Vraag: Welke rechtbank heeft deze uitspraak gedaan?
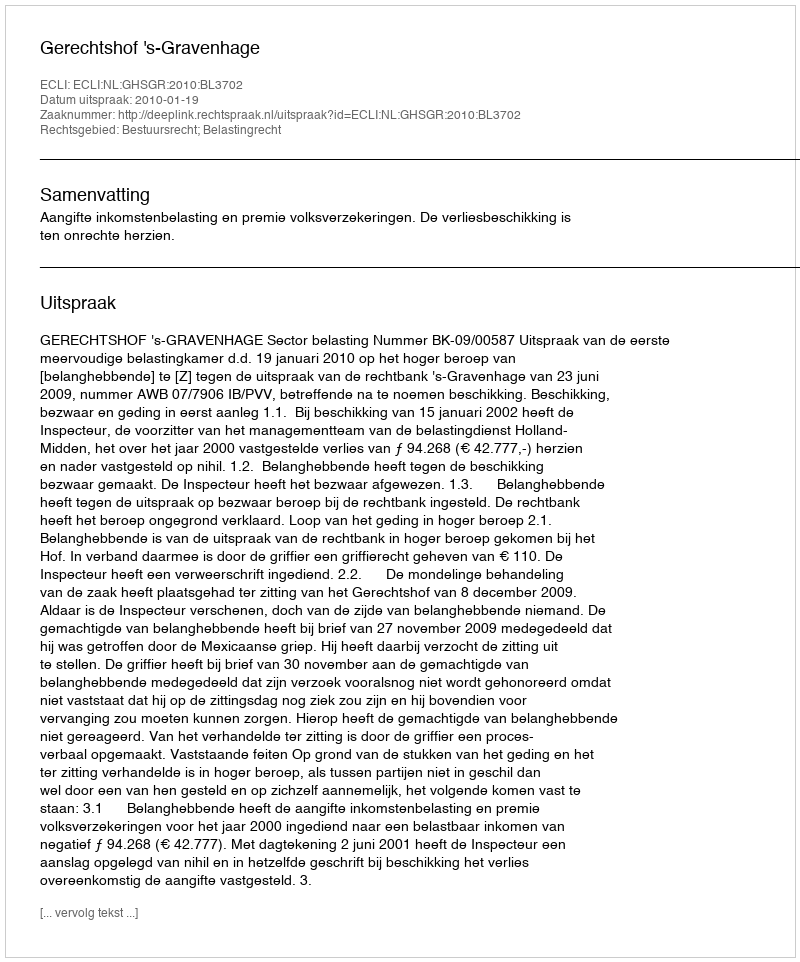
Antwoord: Gerechtshof 's-Gravenhage